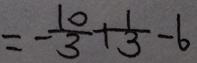
= - \frac { 1 0 } { 3 } + \frac { 1 } { 3 } - 6